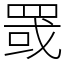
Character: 罭